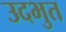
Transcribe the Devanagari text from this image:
उदभुत